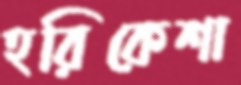
হরিকেশা